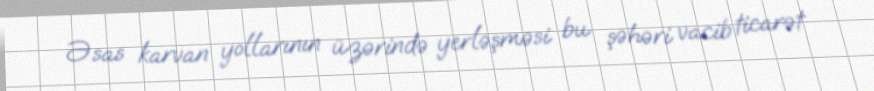
Əsas karvan yollarının üzərində yerləşməsi bu şəhəri vacib ticarət